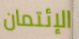
الإئتمان